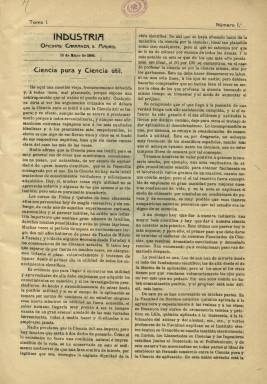
Título: Industria (Madrid. 1906)
Colección: Industria
Ámbito geográfico: Madrid
Lugar de publicación: Madrid
Fechas: 14/05/1906-28/12/1906

Publicación quincenal, que edita 16 números, desde el 14 de mayo al 28 de diciembre de 1906, especializada en asuntos concernientes al sector industrial, con artículos y noticias y algunos fotograbados, figuras y dibujos de maquinaria y nuevas invenciones. Sus entregas son de una docena de páginas cada una, compuestas a dos columnas, y con foliación seguida, alcanzando un total de 204 páginas. Además de publicar artículos relativos a ciencia, técnica e industria, tiene secciones fijas, como las dedicadas a Patentes, Sociedades (juntas y memorias de compañías comerciales), Revista de revistas, Mercados de metales y minerales, Disposiciones oficiales e Información y crónica. Publica noticias sobre producción de materias primas, accidentes de trabajo, construcción de nuevas fábricas, subastas, minería, transportes, depuración de aguas, electricidad, electrónica, invenciones y procedimientos útiles aplicados a la industria, de maquinaria o sobre compañías mercantiles, impuestos o escuelas de artes e industriales. En su última página inserta alguna publicidad comercial. En su último número anuncia que seguiría apareciendo como “revista mensual ilustrada”, sin que haya constancia de que siguiera publicándose.